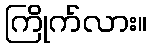
ကြိုက်လား။